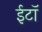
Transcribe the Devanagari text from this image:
ईटॉ